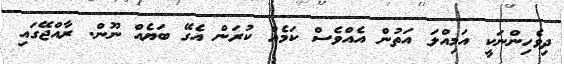
ދިވެހިންނަކީ އަމިއްލަ އަތުން އެއްވެސް ކަމެއް ކުރަން އެގޭ ބަޔެއް ނޫން. ރާއްޖޭގައި